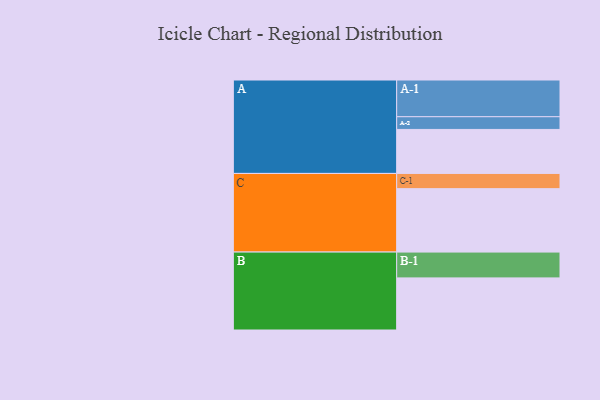
{"axis": {"x": "Segment", "y": "Value"}, "legend": ["", "A", "B", "C"], "data": [{"x": "A", "y": 315, "type": ""}, {"x": "B", "y": 373, "type": ""}, {"x": "C", "y": 454, "type": ""}, {"x": "A-1", "y": 263, "type": "A"}, {"x": "A-2", "y": 91, "type": "A"}, {"x": "B-1", "y": 185, "type": "B"}, {"x": "C-1", "y": 109, "type": "C"}]}